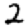
Digit: 2